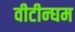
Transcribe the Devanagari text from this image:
वीटीन्घम